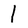
Character: l